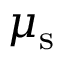
\mu _ { \mathrm { s } }